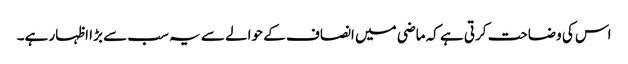
اس کی وضاحت کرتی ہے کہ ماضی میں انصاف کے حوالے سے یہ سب سے بڑا اظہار ہے۔